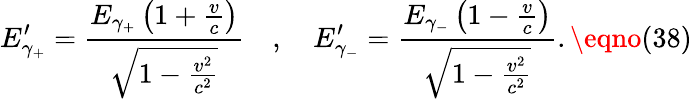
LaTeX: E_{\gamma_{+}}^{\prime}=\frac{E_{\gamma_{+}}\left(1+\frac{v}{c}\right)}{\sqrt{1-\frac{v^{2}}{c^{2}}}}\quad,\quad E_{\gamma_{-}}^{\prime}=\frac{E_{\gamma_{-}}\left(1-\frac{v}{c}\right)}{\sqrt{1-\frac{v^{2}}{c^{2}}}}.\eqno(38)